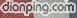
dianping.com